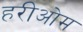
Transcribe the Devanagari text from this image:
हरीओम